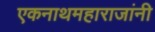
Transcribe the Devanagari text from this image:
एकनाथमहाराजांनी